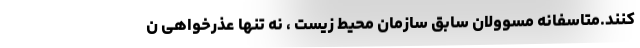
کنند.متاسفانه‌ مسوولان سابق سازمان محیط زیست ، نه تنها عذرخواهی ن